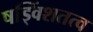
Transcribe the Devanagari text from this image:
षड्विंशतत्व